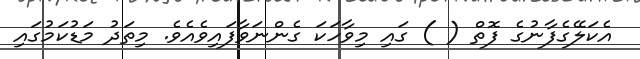
އެކަލޭގެފާނުގެ ފޮތް ( ) ގައި މިވާހަކަ ގެންނަވާފައިވެއެވެ. މިތަދު މަޑުކަމުގައި